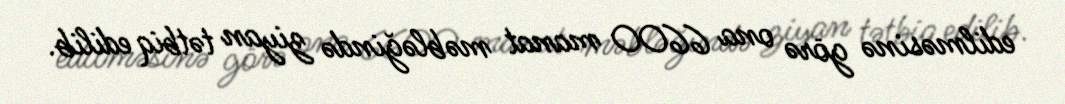
edilməsinə görə ona 6600 manat məbləğində ziyan tətbiq edilib.